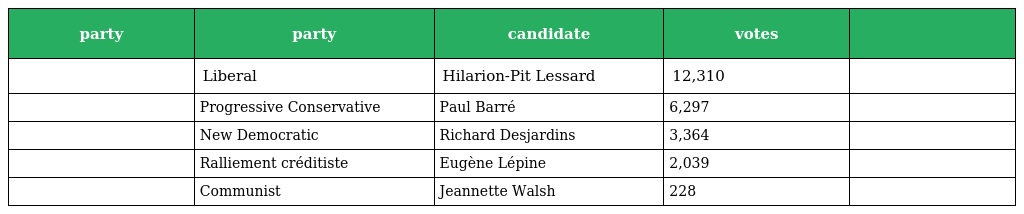
| party | party | candidate | votes |  |
 | --- | --- | --- | --- | --- |
 |  | Liberal | Hilarion-Pit Lessard | 12,310 |  |
 |  | Progressive Conservative | Paul Barré | 6,297 |  |
 |  | New Democratic | Richard Desjardins | 3,364 |  |
 |  | Ralliement créditiste | Eugène Lépine | 2,039 |  |
 |  | Communist | Jeannette Walsh | 228 |  |